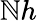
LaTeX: \mathbb{N}h